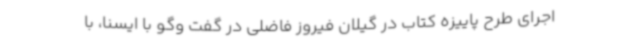
اجرای طرح پاییزه کتاب در گیلان فیروز فاضلی در گفت وگو با ایسنا، با